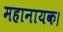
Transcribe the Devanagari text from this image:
महानायक।